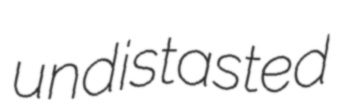
undistasted